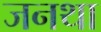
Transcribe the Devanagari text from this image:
जनथा